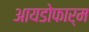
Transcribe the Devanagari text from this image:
आयडोफार्म